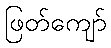
ဖြတ်ကျော်